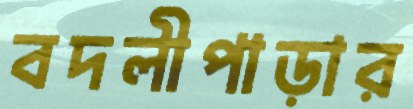
বদলীপাড়ার